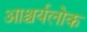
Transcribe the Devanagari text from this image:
आश्चर्यलोक